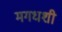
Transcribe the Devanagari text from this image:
मगधशी